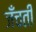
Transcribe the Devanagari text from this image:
जँचती